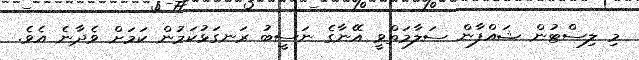
މި ލިސްޓުން ޝައްފާން ސަލާމަތްވީ އޭނާގެ ނަސީބު ރަނގަޅުކަމުން ކަމަށް ވެދާނެ އެވެ.